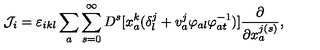
{ \cal J } _ { i } = \varepsilon _ { i k l } \sum _ { a } \sum _ { s = 0 } ^ { \infty } D ^ { s } [ x _ { a } ^ { k } ( \delta _ { l } ^ { j } + v _ { a } ^ { j } \varphi _ { a l } \varphi _ { a t } ^ { - 1 } ) ] \frac { \partial } { \partial x _ { a } ^ { j ( s ) } } ,